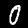
Digit: 0